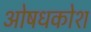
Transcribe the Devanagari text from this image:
ओषधकोश